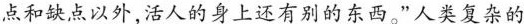
点和缺点以外,活人的身上还有别的东西。”人类复杂的